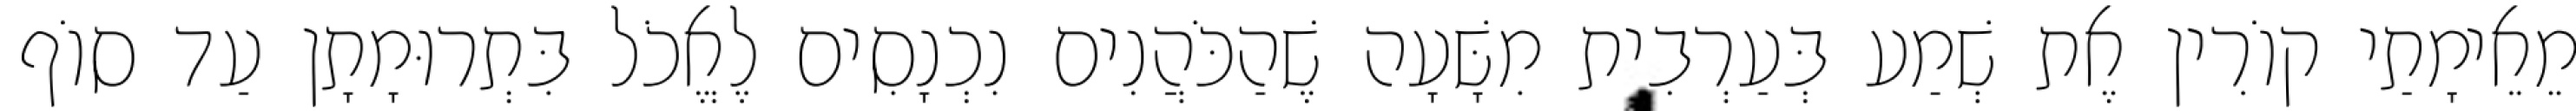
מֵאֵימָתַי קוֹרִין אֶת שְׁמַע בְּעַרְבִית מִשָּׁעָה שֶׁהַכֹּהֲנִים נִכְנָסִים לֶאֱכֹל בִּתְרוּמָתָן עַד סוֹף